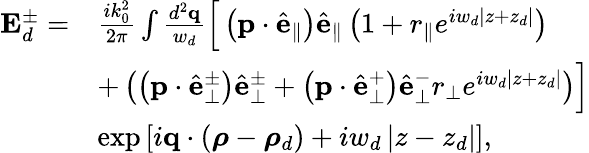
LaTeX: \begin{array}{rl}{\mathbf{E}_{d}^{\pm}=}&{\frac{ik_{0}^{2}}{2\pi}\int\frac{d^{2}\mathbf{q}}{w_{d}}\Big[\left(\mathbf{p}\cdot\hat{\mathbf{e}}_{\parallel}\right)\hat{\mathbf{e}}_{\parallel}\left(1+r_{\parallel}e^{iw_{d}\left\vert z+z_{d}\right\vert}\right)}\\ &{+\left(\left(\mathbf{p}\cdot\hat{\mathbf{e}}_{\perp}^{\pm}\right)\hat{\mathbf{e}}_{\perp}^{\pm}+\left(\mathbf{p}\cdot\hat{\mathbf{e}}_{\perp}^{+}\right)\hat{\mathbf{e}}_{\perp}^{-}r_{\perp}e^{iw_{d}\left\vert z+z_{d}\right\vert}\right)\Big]}\\ &{\exp\left[i\mathbf{q}\cdot\left(\boldsymbol{\rho}-\boldsymbol{\rho}_{d}\right)+iw_{d}\left\vert z-z_{d}\right\vert\right],}\end{array}